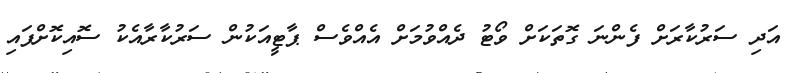
އަދި ސަރުކާރަށް ފެންނަ ގޮތަކަށް ވޯޓު ދެއްވުމަށް އެއްވެސް ޕާޓީއަކުން ސަރުކާރާއެކު ސޮއިކޮށްފައި